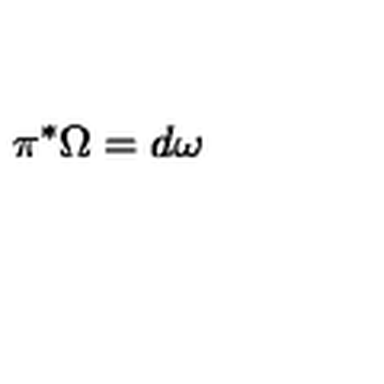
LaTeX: \pi ^ { * } \Omega = d \omega